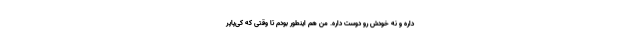
داره و نه خودش رو دوست داره. من هم اینطور بودم تا وقتی که کی‌پاپر